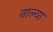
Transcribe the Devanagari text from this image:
नाल्या